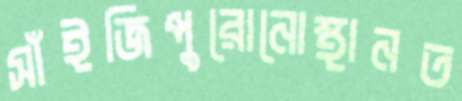
সাঁইজিপুরোনোস্থানত